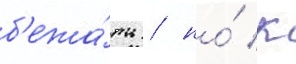
б'ежа́ть / но́ к